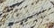
أستطيع